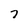
Character: 7